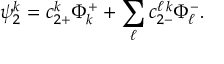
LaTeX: \psi _ { 2 } ^ { k } = c _ { 2 + } ^ { k } \Phi _ { k } ^ { + } + \sum _ { \ell } { c _ { 2 - } ^ { \ell \, k } \Phi _ { \ell } ^ { - } } .